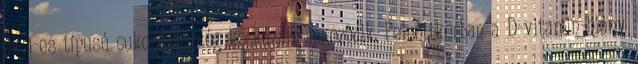
az 1-es típusú cukorbetegség kockázata fokozódik. Felnőttkorban a D-vitamin-hiány